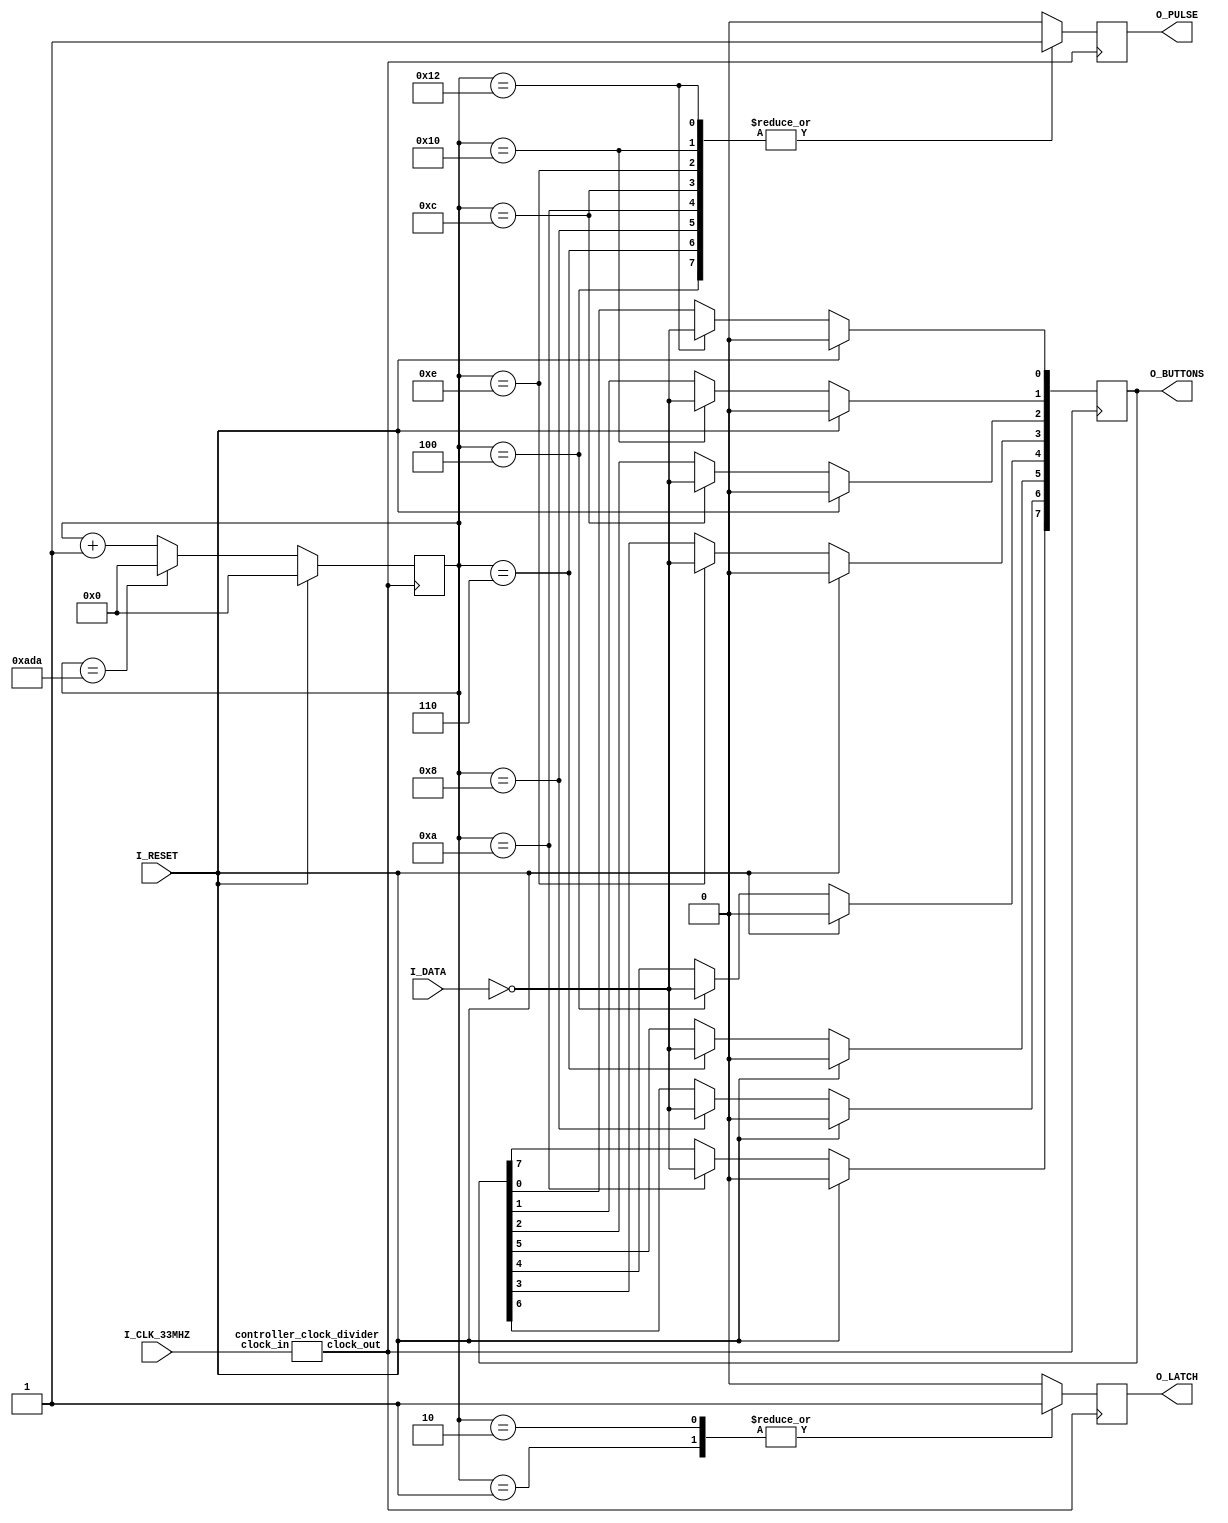
`default_nettype none
 module controller_interface(
                             // outputs
                             O_BUTTONS,
                             O_LATCH,
                             O_PULSE,
			     
                             // inputs
                             I_CLK_33MHZ,
                             I_DATA,
			     
                             I_RESET
                             );
   output reg [7:0] O_BUTTONS = 8'b0;
   output reg       O_LATCH;
   output reg       O_PULSE;
   input wire       I_CLK_33MHZ;
   input wire       I_DATA;
   input wire       I_RESET;
   
   wire             ctrl_clk;
   
   controller_clock_divider cdiv(.clock_out(ctrl_clk), .clock_in(I_CLK_33MHZ));
   
   reg [12:0]       state = 0;
   
`define START 7
`define SELECT 6
`define B 5
`define A 4
`define DOWN 3
`define UP 2
`define LEFT 1
`define RIGHT 0

`define INIT = 0
`define LATCH_START 1
`define LATCH_PART2 (`LATCH_START + 1)
`define PULSE0_START (`LATCH_START + 3)
`define PULSE1_START (`LATCH_START + 5)
`define PULSE2_START (`LATCH_START + 7)
`define PULSE3_START (`LATCH_START + 9)
`define PULSE4_START (`LATCH_START + 11)
`define PULSE5_START (`LATCH_START + 13)
`define PULSE6_START (`LATCH_START + 15)
`define PULSE7_START (`LATCH_START + 17)
`define RESTART      (2778)
   
   
   always @(posedge ctrl_clk) begin
      //always @(posedge I_CLK_33MHZ) begin
      
      state <= state + 1;
      
      O_LATCH <= 1'b0;
      O_PULSE <= 1'b0;
      
      case (state)
        `LATCH_START: begin
           O_LATCH <= 1'b1;
        end
        
        `LATCH_PART2: begin
           O_LATCH <= 1'b1;
        end
        
        `PULSE0_START: begin
           O_PULSE <= 1'b1;
           O_BUTTONS[`A] <= ~I_DATA;
        end
        
        `PULSE1_START: begin
           O_PULSE <= 1'b1;
           O_BUTTONS[`B] <= ~I_DATA;
        end

        `PULSE2_START: begin
           O_PULSE <= 1'b1;
           O_BUTTONS[`SELECT] <= ~I_DATA;
        end

        `PULSE3_START: begin
           O_PULSE <= 1'b1;
           O_BUTTONS[`START] <= ~I_DATA;
        end

        `PULSE4_START: begin
           O_PULSE <= 1'b1;
           O_BUTTONS[`UP] <= ~I_DATA;
        end

        `PULSE5_START: begin
           O_PULSE <= 1'b1;
           O_BUTTONS[`DOWN] <= ~I_DATA;
        end

        `PULSE6_START: begin
           O_PULSE <= 1'b1;
           O_BUTTONS[`LEFT] <= ~I_DATA;
        end
        
        `PULSE7_START: begin
           O_PULSE <= 1'b1;
           O_BUTTONS[`RIGHT] <= ~I_DATA;
        end
        
        `RESTART: begin
           state <= 0;
        end
      endcase
      if (I_RESET) begin
         state <= 0;
         O_BUTTONS <= 8'b0;
      end
   end
   
endmodule

module controller_clock_divider(/*AUTOARG*/
                                // Outputs
                                clock_out,
                                // Inputs
                                clock_in
                                );
   
   parameter
     DIV_SIZE = 15,
       DIV_OVER_TWO = 198 / 2;

   output reg clock_out = 0;
   input wire clock_in;
   
   reg [DIV_SIZE-1:0] counter = 0;

   always @(posedge clock_in) begin
      if (counter == DIV_OVER_TWO - 1) begin
         clock_out <= ~clock_out;
         counter <= 0;
      end else begin
         counter <= counter + 1;
      end
   end

endmodule